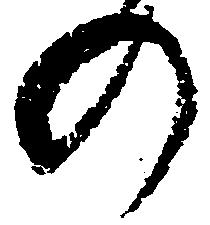
の